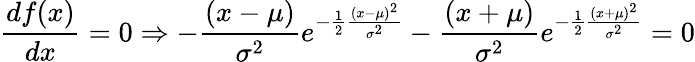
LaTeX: {\frac{df(x)}{dx}}=0\Rightarrow-{\frac{\left(x-\mu\right)}{\sigma^{2}}}e^{-{\frac{1}{2}}{\frac{\left(x-\mu\right)^{2}}{\sigma^{2}}}}-{\frac{\left(x+\mu\right)}{\sigma^{2}}}e^{-{\frac{1}{2}}{\frac{\left(x+\mu\right)^{2}}{\sigma^{2}}}}=0